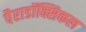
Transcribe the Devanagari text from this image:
पैराडॉक्सिकल